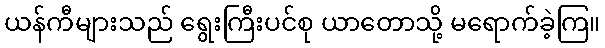
ယန်ကီများသည် ရွေးကြီးပင်စု ယာတောသို့ မရောက်ခဲ့ကြ။